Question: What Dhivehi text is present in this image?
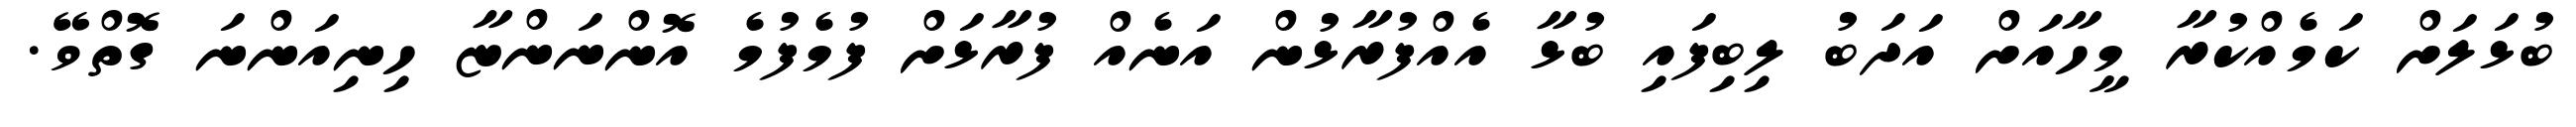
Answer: ބުޅަލަށް ކަމެއްކުރާ މީހާއަށް އަދަބު ލިބިފައި ބުޅާ އެއްފުރާޅުން އަނެއް ފުރާޅަށް ފުމެފުމެ އޮންނަންޏާ ހިނިއަންނަ ގޮތްވޭ.